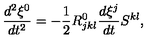
\frac { d ^ { 2 } \xi ^ { 0 } } { d t ^ { 2 } } = - \frac { 1 } { 2 } R _ { j k l } ^ { 0 } \frac { d \xi ^ { j } } { d t } S ^ { k l } ,